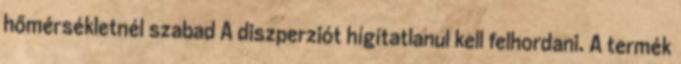
hőmérsékletnél szabad A diszperziót hígítatlanul kell felhordani. A termék